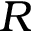
R